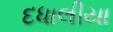
દધાલીયા